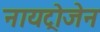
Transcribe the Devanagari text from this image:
नायट्रोजेन